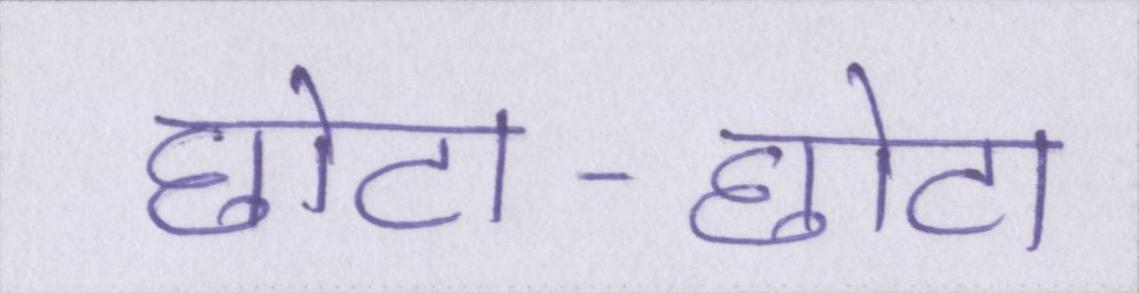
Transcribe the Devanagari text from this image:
छोटा-छोटा